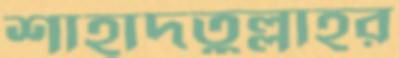
শাহাদতুল্লাহর